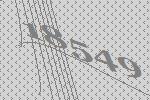
18549